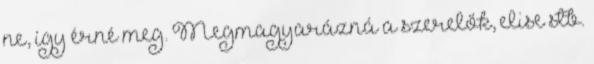
ne, így érné meg. Megmagyarázná a szerelők, elise stb.